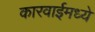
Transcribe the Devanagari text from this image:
कारवाईमध्ये